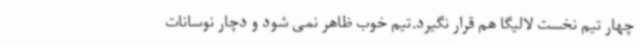
چهار تیم نخست لالیگا هم قرار نگیرد.تیم خوب ظاهر نمی شود و دچار نوسانات